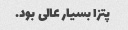
پتزا بسیار عالی بود.